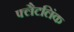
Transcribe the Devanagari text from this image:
फ्लैटलिंक